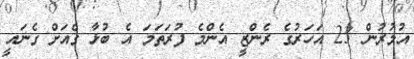
އުމުރުން 23 އަހަރުގެ ރެންޒީ އެންމެ ފުރަތަމަ އެ ބުޅާ ގެއަށް ގެނައީ